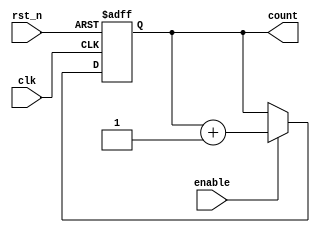
module binary_counter (
    input wire clk,          // Clock input
    input wire rst_n,       // Asynchronous active-low reset
    input wire enable,      // Enable input
    output reg [3:0] count  // 4-bit count output
);

// Asynchronous reset behavior
always @(posedge clk or negedge rst_n) begin
    if (!rst_n) begin
        count <= 4'b0000; // Reset count to 0
    end else if (enable) begin
        count <= count + 1; // Increment count
    end
end

endmodule